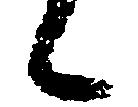
候